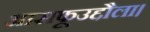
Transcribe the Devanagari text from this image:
आसफूउद्दौला।